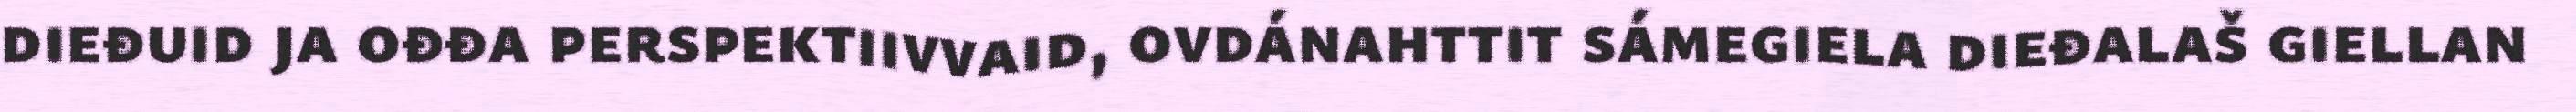
dieđuid ja ođđa perspektiivvaid, ovdánahttit sámegiela dieđalaš giellan